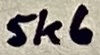
Text: 5K6